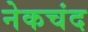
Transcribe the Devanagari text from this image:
नेकचंद